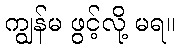
ကျွန်မ ဖွင့်လို့ မရ။